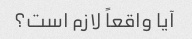
آیا واقعاً لازم است؟